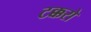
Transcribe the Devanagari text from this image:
टक्करो